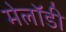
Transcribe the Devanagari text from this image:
मेलॉडी